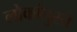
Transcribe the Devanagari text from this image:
लोकांपुरते